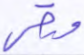
ورقي